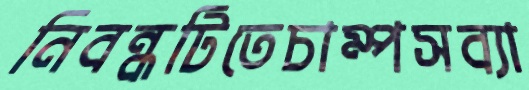
নিবন্ধটিতেচাম্পসব্যা